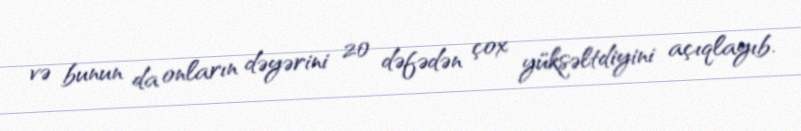
və bunun da onların dəyərini 20 dəfədən çox yüksəltdiyini açıqlayıb.